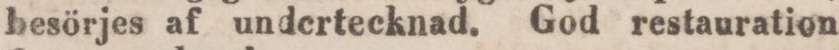
besörjes af undertecknad. God restauration